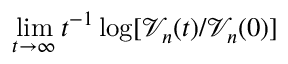
\operatorname* { l i m } _ { t \to \infty } t ^ { - 1 } \log [ \mathscr { V } _ { n } ( t ) / \mathscr { V } _ { n } ( 0 ) ]